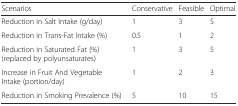
<table><thead><tr><td><b>Scenarios</b></td><td><b>Conservative</b></td><td><b>Feasible</b></td><td><b>Optimal</b></td></tr></thead><tbody><tr><td>Reduction in Salt Intake (g/day)</td><td>1</td><td>3</td><td>5</td></tr><tr><td>Reduction in Trans-Fat Intake (%)</td><td>0.5</td><td>1</td><td>2</td></tr><tr><td>Reduction in Saturated Fat (%) (replaced by polyunsaturates)</td><td>1</td><td>3</td><td>5</td></tr><tr><td>Increase in Fruit And Vegetable Intake (portion/day)</td><td>1</td><td>2</td><td>3</td></tr><tr><td>Reduction in Smoking Prevalence (%)</td><td>5</td><td>10</td><td>15</td></tr></tbody></table>